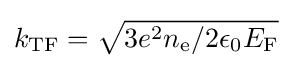
k_{\mathrm {TF} }={\sqrt {3e^{2}n_{\mathrm {e} }/2\epsilon _{0}E_{\mathrm {F} }}}